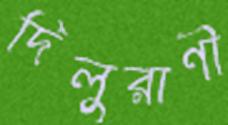
দিলুরাণী